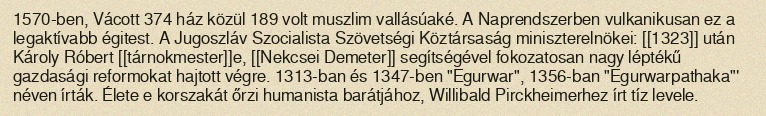
1570-ben, Vácott 374 ház közül 189 volt muszlim vallásúaké. A Naprendszerben vulkanikusan ez a legaktívabb égitest. A Jugoszláv Szocialista Szövetségi Köztársaság miniszterelnökei: [[1323]] után Károly Róbert [[tárnokmester]]e, [[Nekcsei Demeter]] segítségével fokozatosan nagy léptékű gazdasági reformokat hajtott végre. 1313-ban és 1347-ben "Egurwar", 1356-ban "Egurwarpathaka"' néven írták. Élete e korszakát őrzi humanista barátjához, Willibald Pirckheimerhez írt tíz levele.